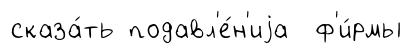
сказа́ть подавл'е́н'иjа ф'и́рмы